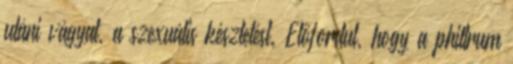
utáni vágyat, a szexuális késztetést. Előfordul, hogy a philtrum